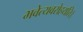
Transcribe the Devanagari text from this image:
भवेत्यवरोहयति।